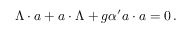
\Lambda \cdot a + a \cdot \Lambda + g { \alpha ^ { \prime } } a \cdot a = 0 \, .